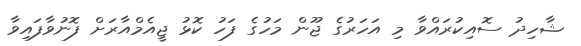
ޝާހިދު ސޮއިކުރައްވާ މި އަހަރުގެ ޖޫން މަހުގެ ފަހު ކޮޅު ޖީއެމްއާރަށް ފޮނުވާފައިވާ